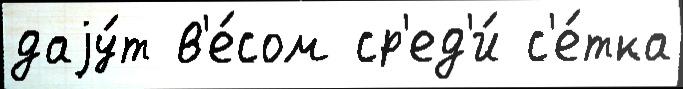
даjу́т в'е́сом ср'ед'и́ с'е́тка